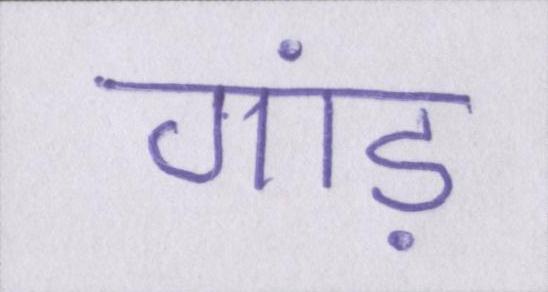
गांड़